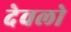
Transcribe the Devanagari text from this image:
देवलो